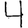
Digit: 4